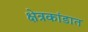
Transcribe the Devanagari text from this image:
क्षेत्रकांडात